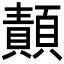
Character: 𩔳